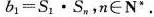
b_{ 1 } = S_{ 1 } · S_{ n } $$，n∈N*.